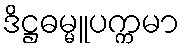
ဒိဋ္ဌဓမ္မူပက္ကမာ